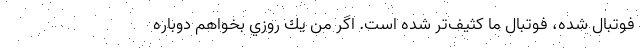
فوتبال شده، فوتبال ما كثيف‌تر شده است. اگر من يك روزي بخواهم دوباره